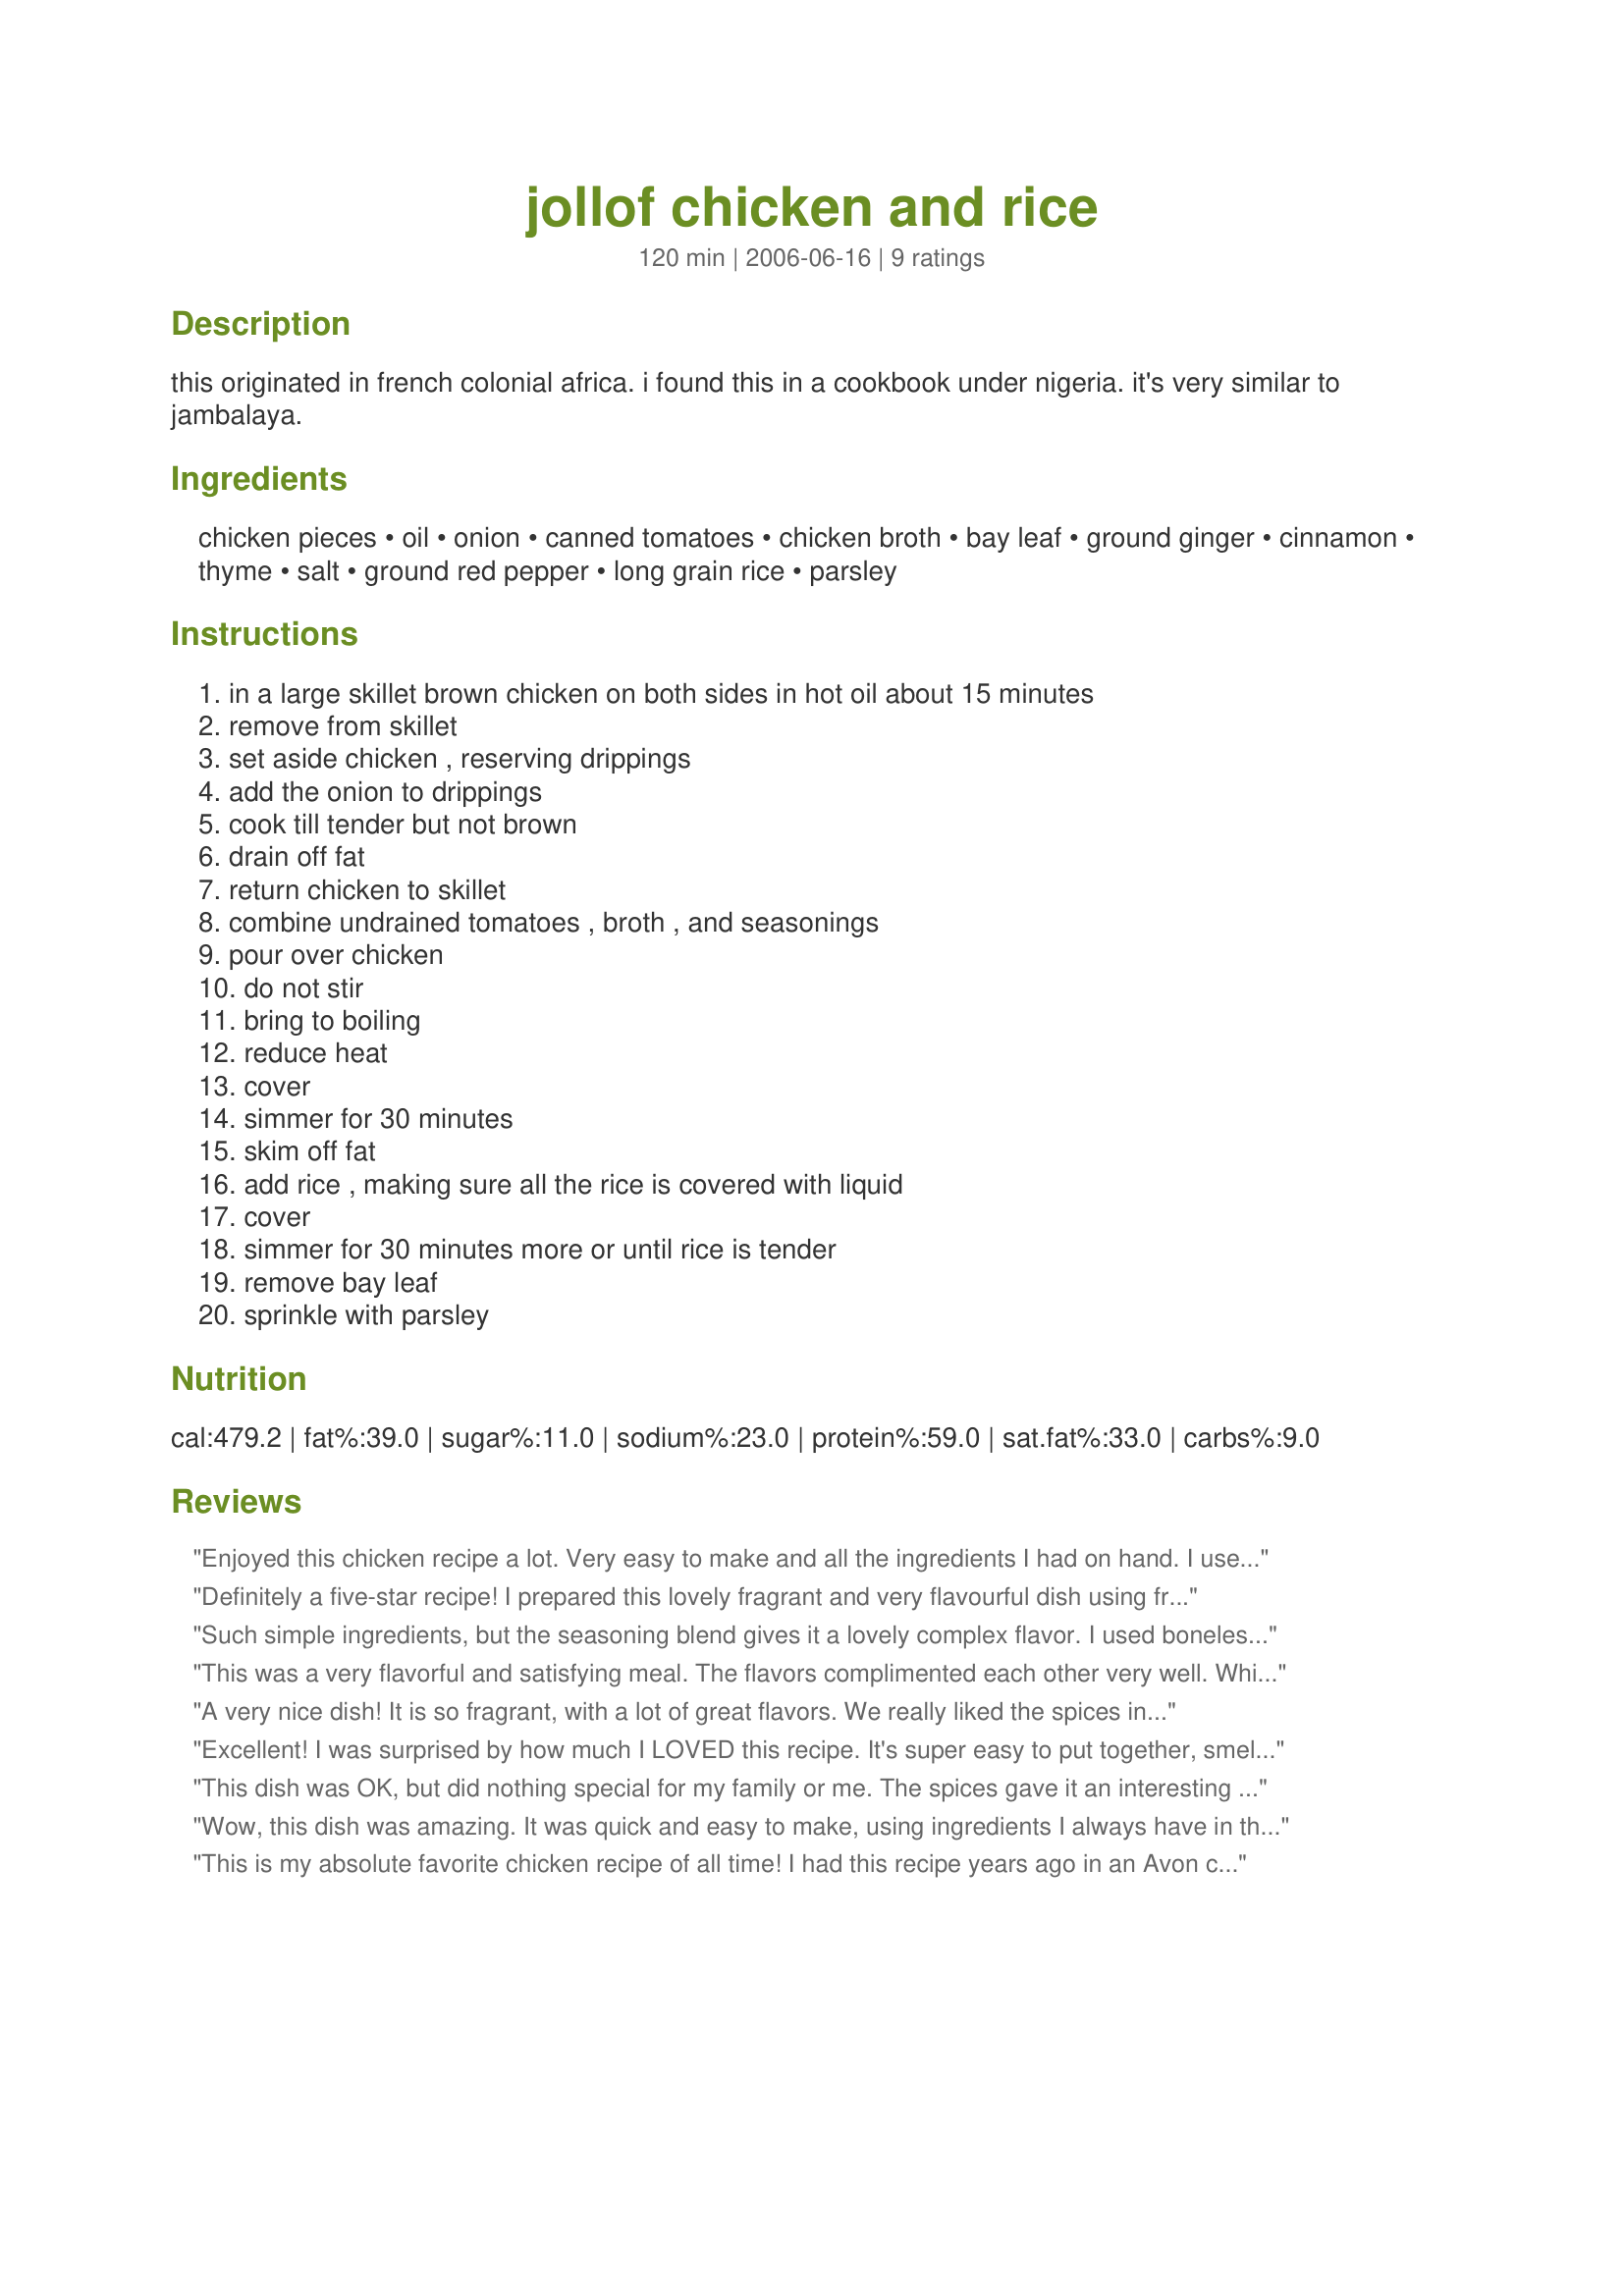
jollof chicken and rice
Preparation time: 120 minutes

this originated in french colonial africa. i found this in a cookbook under nigeria. it's very similar to jambalaya.

Ingredients:
chicken pieces, oil, onion, canned tomatoes, chicken broth, bay leaf, ground ginger, cinnamon, thyme, salt, ground red pepper, long grain rice, parsley

Steps:
in a large skillet brown chicken on both sides in hot oil about 15 minutes, remove from skillet, set aside chicken , reserving drippings, add the onion to drippings, cook till tender but not brown, drain off fat, return chicken to skillet, combine undrained tomatoes , broth , and seasonings, pour over chicken, do not stir, bring to boiling, reduce heat, cover, simmer for 30 minutes, skim off fat, add rice , making sure all the rice is covered with liquid, cover, simmer for 30 minutes more or until rice is tender, remove bay leaf, sprinkle with parsley

Reviews:
Enjoyed this chicken recipe a lot. Very easy to make and all the ingredients I had on hand. I used two packages of chicken breast tenderloins and petite diced tomatoes. Had brown rice so used that and dried parsley. Wonderful warm flavor from the cinnamon and ginger. Would make this again! Made and reviewed for ZWT 4.
Definitely a five-star recipe! I prepared this lovely fragrant and very flavourful dish using freshly grated ginger, fresh thyme and a cinnamon stick to replace the dried spices and I was pleased with the results. I followed the recipe up to step 8, when I added the rice I put the ingredients into a large covered casserole and finished the cooking in the oven for 35 minutes. The rice was perfectly cooked. Prepared for the New African Recipe Tag Game in the African forum February 2012.
Such simple ingredients, but the seasoning blend gives it a lovely complex flavor. I used boneless, skinless chicken breasts that I cubed, so it was done in about 50 minutes. Tasted great! Thanks for posting!
This was a very flavorful and satisfying meal. The flavors complimented each other very well. While this is nothing like the jollof rice I enjoyed in Chicago at Vee Vee's restaurant, it was still pleasant nonetheless. It is more like jambalaya as you mentioned. Thank you for the recipe, I'm sure I'll be cooking it again!
A very nice dish! It is so fragrant, with a lot of great flavors. We really liked the spices in this. Thanks for sharing! ZWT7
Excellent! I was surprised by how much I LOVED this recipe. It's super easy to put together, smells wonderful while cooking and tastes amazing. Don't skip the cinnamon, it makes this recipe special. Yummy! Made for ZWT 7 for the Golden Gourmets. Naa goodee (Thank you in Nigerian)
This dish was OK, but did nothing special for my family or me. The spices gave it an interesting combination of flavors. I did use brown jasmine rice which required a longer cooking time. OK for an easy weeknight dinner, to throw all ingredients into a pan and simmer. Made and tested for 2008 All New Zaar Cookbooks Tag: Cooking Game.
Wow, this dish was amazing. It was quick and easy to make, using ingredients I always have in the pantry. I used chicken thighs and they were moist and juicy, the rice was rich and flavourful, the seasoning blend was perfect. I'll be making this again often. Thank so very much for sharing.
This is my absolute favorite chicken recipe of all time! I had this recipe years ago in an Avon cookbook, but lost the cookbook. This is a delicious way to prepare chicken, and I haven't served it to anyone who didn't like it! Thanks for posting, I'll be making this tonight for supper!
